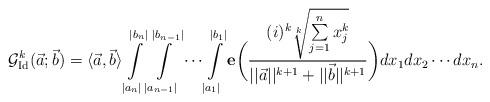
LaTeX: \begin{align*}\mathcal{G}^k_{\mathrm{Id}}(\vec{a};\vec{b})=\langle \vec{a},\vec{b}\rangle \int \limits_{|a_n|}^{|b_n|} \int \limits_{|a_{n-1}|}^{|b_{n-1}|}\cdots \int \limits_{|a_1|}^{|b_1|}\mathbf{e}\bigg(\frac{(i)^k\sqrt[k]{\sum \limits_{j=1}^{n}x^k_j}}{||\vec{a}||^{k+1}+||\vec{b}||^{k+1}}\bigg)dx_1dx_2\cdots dx_n.\end{align*}